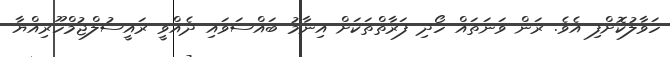
ހަވާލުކޮށްފި އެވެ. ރަން ވަނަތައް ހޯދި ފަރާތްތަކަށް އިނާމު ބައްސަވައި ދެއްވީ ރައީސުލްޖުމްހޫރިއްޔާ